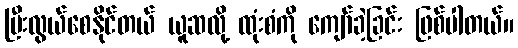
ပြီးလွယ်စေနိုင်တယ် ယူဆလို့ ထုံးစံကို ကျော်ခဲ့ခြင်း ဖြစ်ပါတယ်။